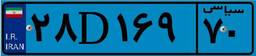
۲۸D۱۶۹۷۰